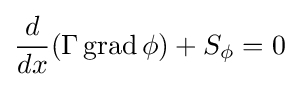
{\frac {d}{dx}}(\Gamma \operatorname {grad} \phi )+S_{\phi }=0